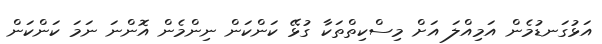
އަޅުގަނޑުމެން އަމިއްލަ އަށް މިސްކިތްތަކާ ގުޅޭ ކަންކަން ނިންމެން އޮންނަ ނަމަ ކަންކަން